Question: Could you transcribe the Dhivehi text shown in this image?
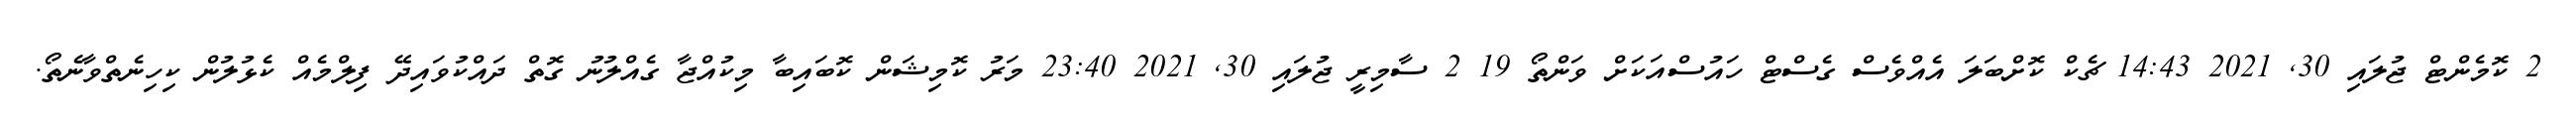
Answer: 2 ކޮމެންޓް ޖުލައި 30, 2021 14:43 ޗެކް ކޮށްބަލަ އެއްވެސް ގެސްޓް ހައުސްއަކަށް ވަންތޯ 19 2 ސާމިރީ ޖުލައި 30, 2021 23:40 މަރު ކޮމިޝަން ކޮބައިބާ މިކުއްޖާ ގެއްލުނު ގޮތް ދައްކުވައިދޭ ފިލްމެއް ކެޅުލުން ކިހިނެތްވާނެތޯ.